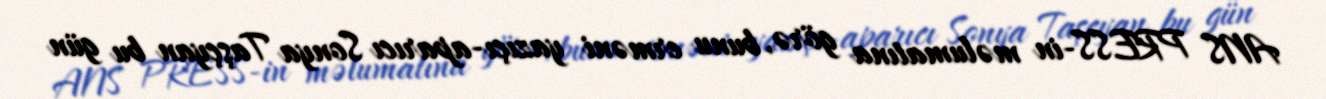
ANS PRESS-in məlumatına görə, bunu erməni yazıçı-aparıcı Sonya Taşçyan bu gün